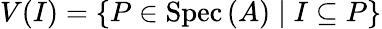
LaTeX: V(I)=\{ P\in\operatorname{Spec}\, (A)\mid I\subseteq P\}